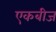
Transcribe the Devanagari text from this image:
एकबीज